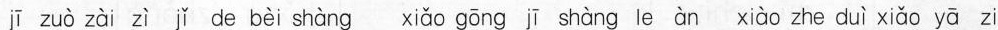
jī zuò zài zì jǐ de bèi shàng xiǎo gōng jī shàng leàn xiào zhe duì xiǎo yā zi